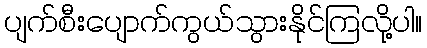
ပျက်စီးပျောက်ကွယ်သွားနိုင်ကြလို့ပါ။